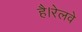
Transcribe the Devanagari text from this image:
है।रेलवे